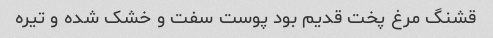
قشنگ مرغ پخت قدیم بود پوست سفت و خشک شده و تیره